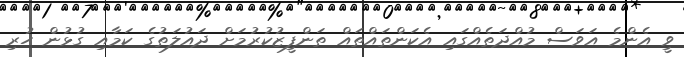
ވީ އެންމެ އަވަސް މުއްދަތެއްގައި އެކަންތައްތައް ތަންފީޒުކުރުމަށް ދައުލަތުގެ ކަމާއި ގުޅުން ހުރި